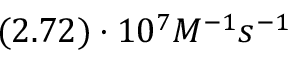
( 2 . 7 2 ) \cdot 1 0 ^ { 7 } M ^ { - 1 } s ^ { - 1 }